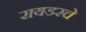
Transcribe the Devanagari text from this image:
रायडरचे